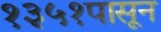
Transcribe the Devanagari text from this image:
१३५१पासून